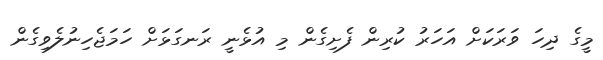
މީގެ ދިހަ ވަރަކަށް އަހަރު ކުރިން ފެށިގެން މި އުޅެނީ ރަނގަޅަށް ހަމަޖެހިނުލެވިގެން